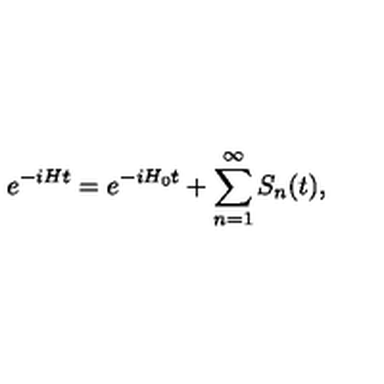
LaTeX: e ^ { - i H t } = e ^ { - i H _ { 0 } t } + \sum _ { n = 1 } ^ { \infty } S _ { n } ( t ) ,